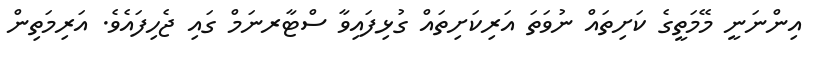
އިންނަނީ މޭމަތީގެ ކަށިތައް ނުވަތަ އަރިކަށިތައް ގުޅިފައިވާ ސްޓާރނަމް ގައި ޖެހިފައެވެ. އަރިމަތިން